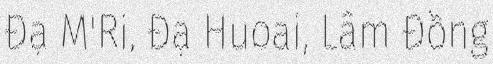
Đạ M'Ri, Đạ Huoai, Lâm Đồng